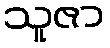
သူဇာ